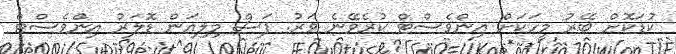
ކުޑަކޮށް ބޭރު މީހަކަށް އިންވެސްޓް ކުރެވޭނެ ވަރު. ފަސް މިލިއަން ޑޮލަރު އިންވެސްޓް